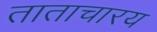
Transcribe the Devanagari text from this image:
ताताचारय